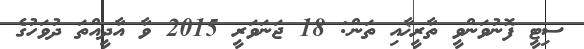
ސިޓީ ފޮނުވަންވީ ތާރީޚާއި ތަން: 18 ޖަނަވަރީ 2015 ވާ އާދީއްތަ ދުވަހުގެ